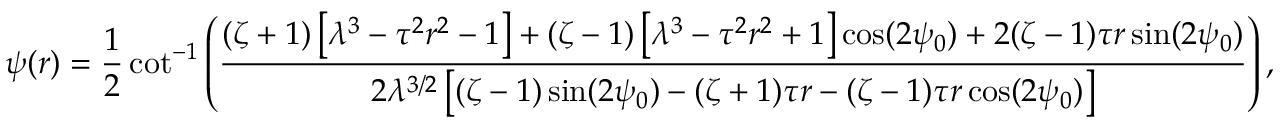
\psi ( r ) = \frac { 1 } { 2 } \cot ^ { - 1 } \left( \frac { ( \zeta + 1 ) \left[ \lambda ^ { 3 } - \tau ^ { 2 } r ^ { 2 } - 1 \right] + ( \zeta - 1 ) \left[ \lambda ^ { 3 } - \tau ^ { 2 } r ^ { 2 } + 1 \right] \cos ( 2 \psi _ { 0 } ) + 2 ( \zeta - 1 ) \tau r \sin ( 2 \psi _ { 0 } ) } { 2 \lambda ^ { 3 / 2 } \left[ ( \zeta - 1 ) \sin ( 2 \psi _ { 0 } ) - ( \zeta + 1 ) \tau r - ( \zeta - 1 ) \tau r \cos ( 2 \psi _ { 0 } ) \right] } \right) ,